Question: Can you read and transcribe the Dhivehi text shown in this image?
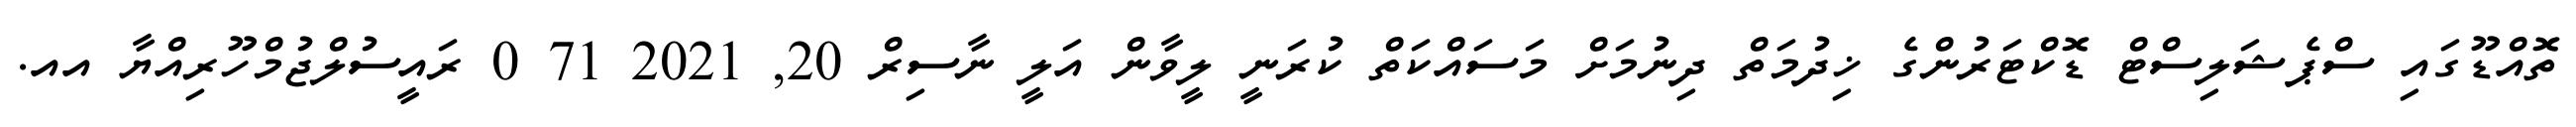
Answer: ތޮއްޑޫގައި ސްޕެޝަލިސްޓް ޑޮކްޓަރުންގެ ޚިދުމަތް ދިނުމަށް މަސައްކަތް ކުރަނީ ލީވާން އަލީ ނާސިރް 20, 2021 71 0 ރައީސުލްޖުމްހޫރިއްޔާ އއ.